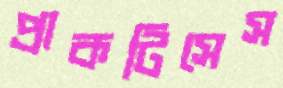
প্রাকটিসেস